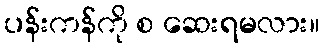
ပန်းကန်ကို စ ဆေးရမလား။